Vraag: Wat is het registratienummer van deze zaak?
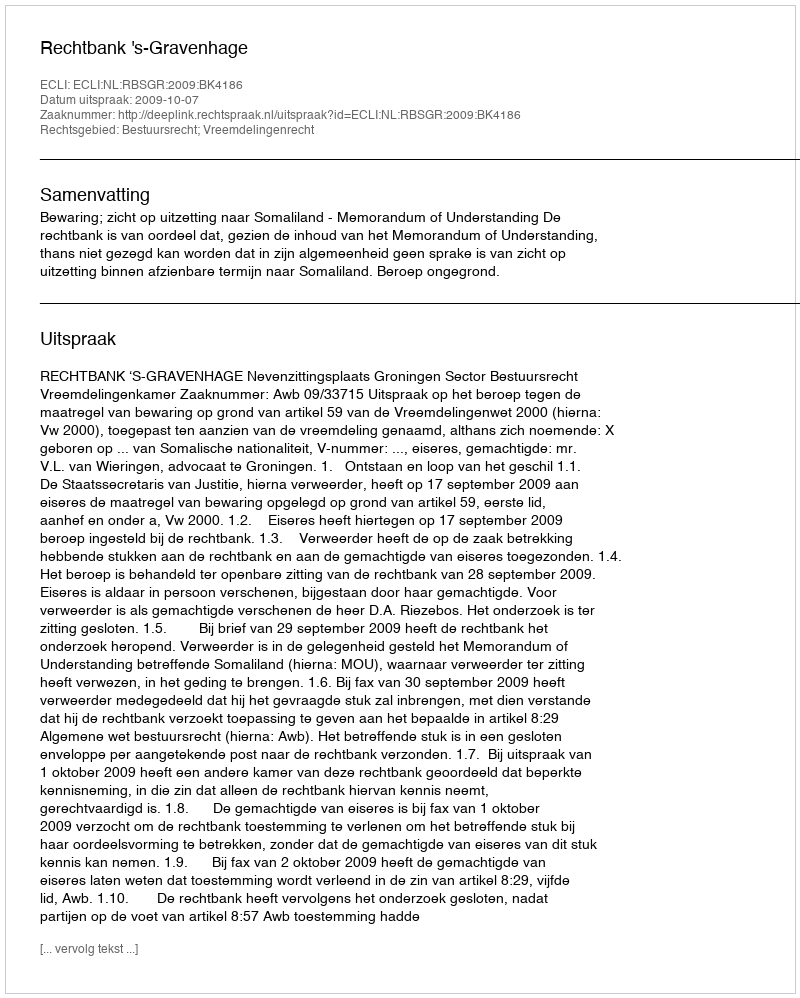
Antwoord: http://deeplink.rechtspraak.nl/uitspraak?id=ECLI:NL:RBSGR:2009:BK4186